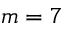
m = 7